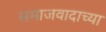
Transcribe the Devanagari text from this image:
समाजवादाच्या